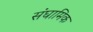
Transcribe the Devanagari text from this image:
संघामिक